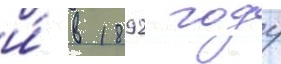
и́ в 1892 году